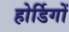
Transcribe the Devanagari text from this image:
होर्डिगों